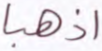
اذهبا